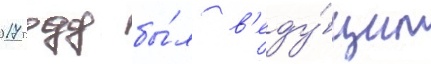
2017 году бы́л в'еду́щим